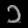
Digit: ၁